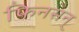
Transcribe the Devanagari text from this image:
फिनसन्‌